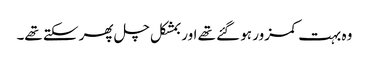
وہ بہت کمزور ہو گئے تھے اور بمشکل چل پھر سکتے تھے۔